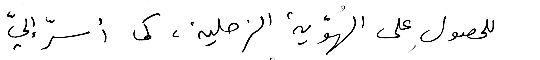
للحصولِ على الهُوّية الزحلية، كما أسرّ إليّ